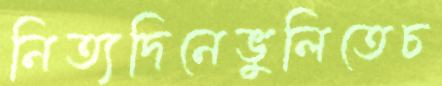
নিত্যদিনেভুলিতেচ